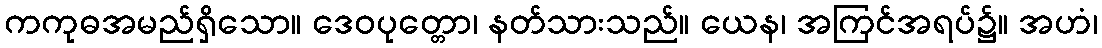
ကကုဓအမည်ရှိသော။ ဒေဝပုတ္တော၊ နတ်သားသည်။ ယေန၊ အကြင်အရပ်၌။ အဟံ၊